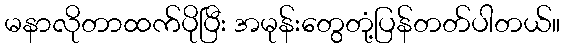
မနာလိုတာထက်ပိုပြီး အမုန်းတွေတုံ့ပြန်တတ်ပါတယ်။